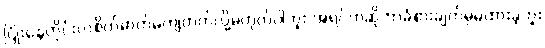
ပြုံးနေတိုင်းလဲစိတ်ဓာတ်မကျတတ်လို့မဟုတ်ပါဘူး အရင်ကဆိုဘာခံစားချက်မှမထားခဲ့ဘူး